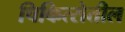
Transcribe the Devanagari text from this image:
चिकित्सेतील